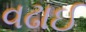
વઢાઈ